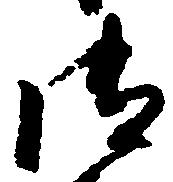
御